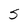
Character: S